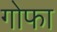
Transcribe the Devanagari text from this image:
गोफा